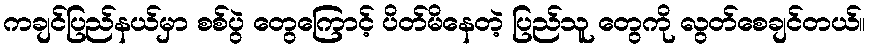
ကချင်ပြည်နယ်မှာ စစ်ပွဲ တွေကြောင့် ပိတ်မိနေတဲ့ ပြည်သူ တွေကို လွတ်စေချင်တယ်။